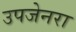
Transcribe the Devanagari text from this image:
उपजेनरा